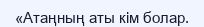
«Атаңның аты кім болар.